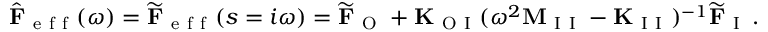
\hat { \mathbf { F } } _ { \mathrm { ~ e ~ f ~ f ~ } } ( \omega ) = \widetilde { \mathbf { F } } _ { \mathrm { ~ e ~ f ~ f ~ } } ( s = i \omega ) = \widetilde { \mathbf { F } } _ { \mathrm { ~ O ~ } } + \mathbf { K } _ { \mathrm { ~ O ~ I ~ } } ( \omega ^ { 2 } \mathbf { M } _ { \mathrm { ~ I ~ I ~ } } - \mathbf { K } _ { \mathrm { ~ I ~ I ~ } } ) ^ { - 1 } \widetilde { \mathbf { F } } _ { \mathrm { ~ I ~ } } \, .